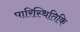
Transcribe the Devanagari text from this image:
पारिस्थितिकि